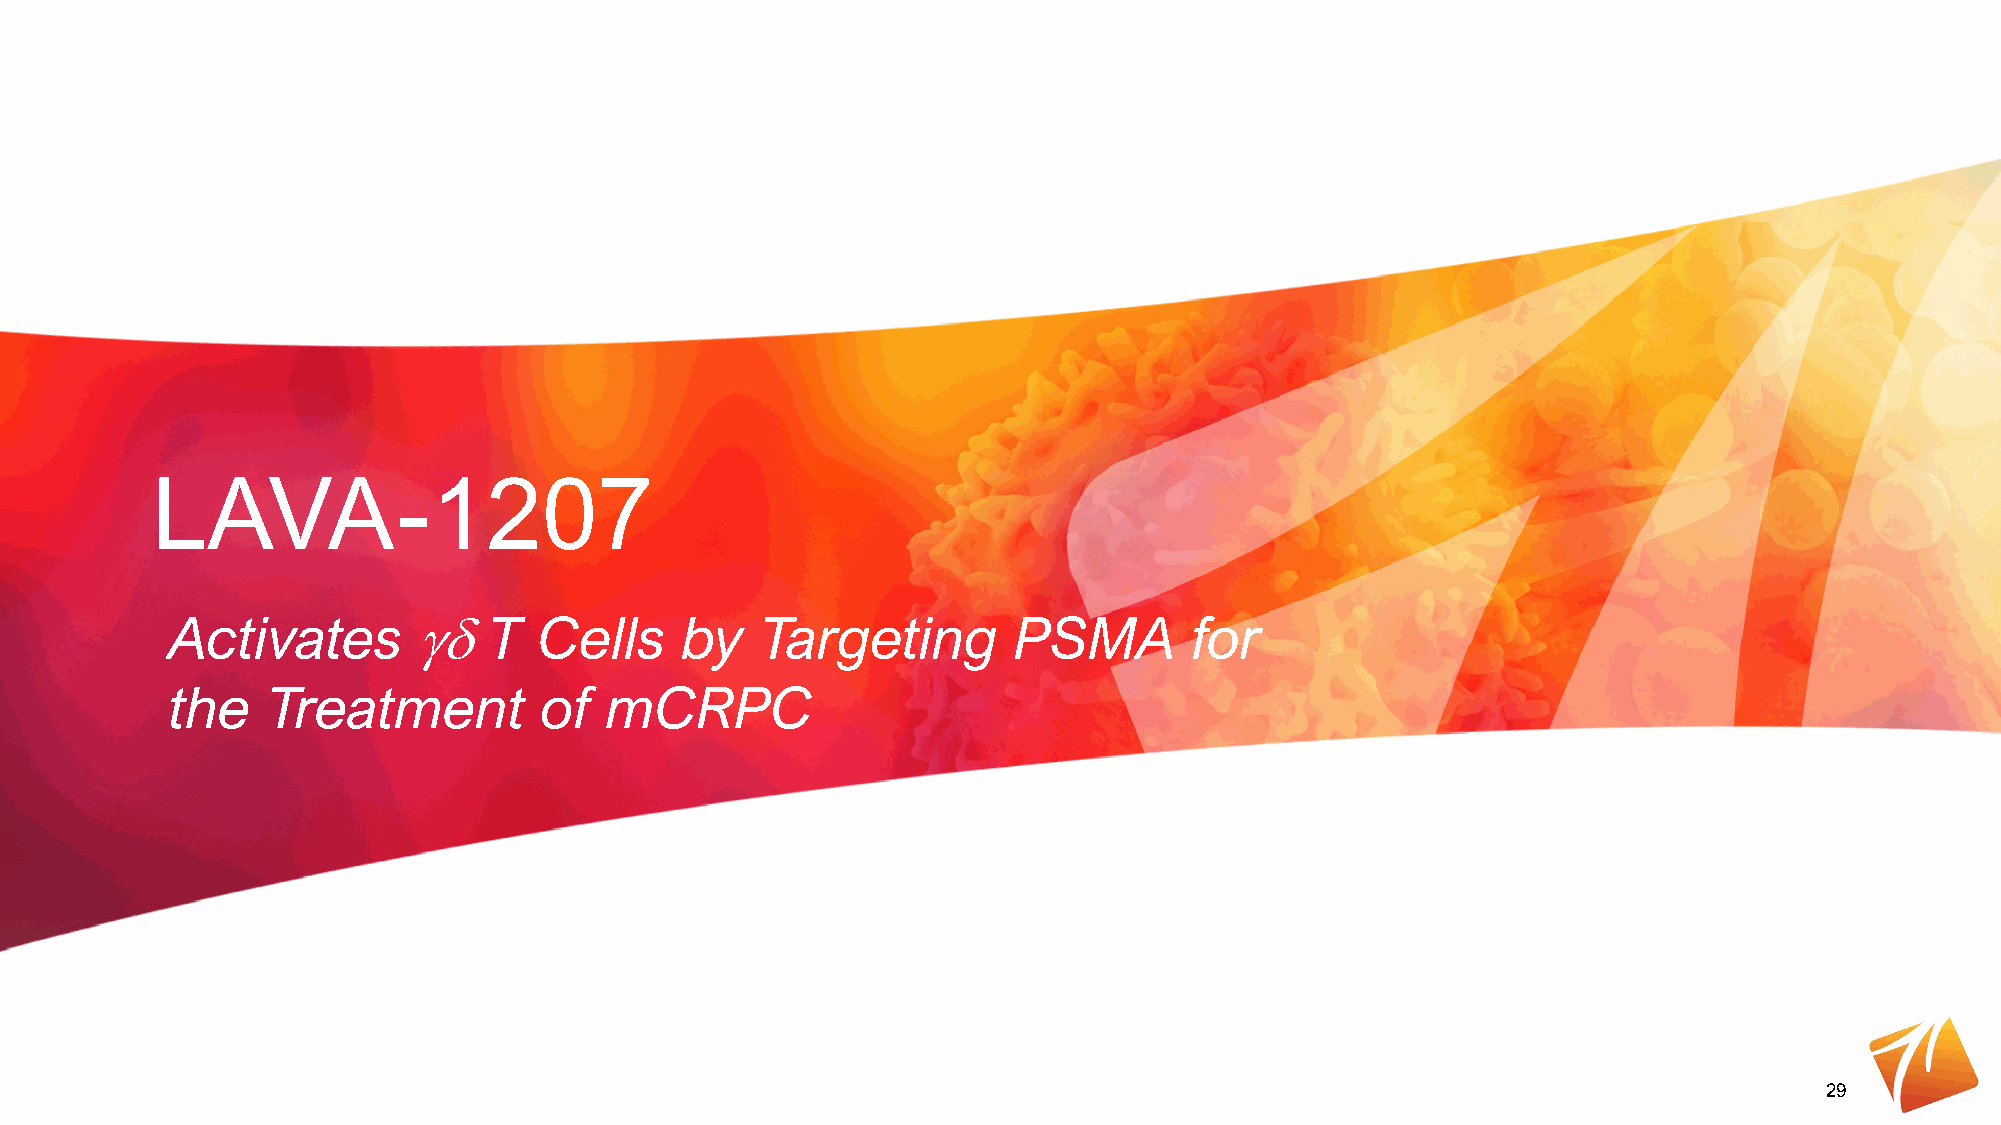
LAVA-1207
 Activates       γδT      Cells    by   Targeting        PSMA        for
 the    Treatment         of  mCRPC
 29